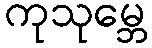
ကုသုမ္ဘေ